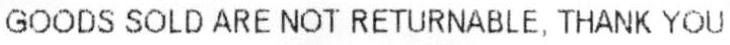
GOODS SOLD ARE NOT RETURNABLE. THANK YOU.